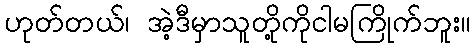
ဟုတ်တယ်၊ အဲ့ဒီမှာသူတို့ကိုငါမကြိုက်ဘူး။